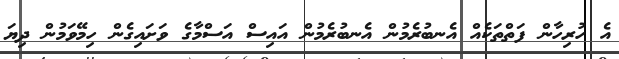
އެ ހުރިހާން ފަތްތަކެއް އެނބުރެމުން އެނބުރެމުން އައިސް އަސްމާގެ ވަށައިގެން ހިމޭވަމުން ދިޔަ